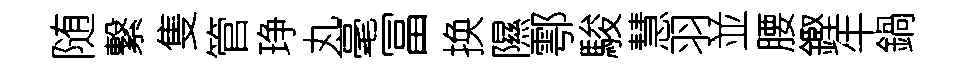
随繋隻管琤丸毫冨换隰鄠駿慧羽並腰鏗牛鍋